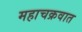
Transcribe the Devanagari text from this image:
महाचक्रवात